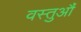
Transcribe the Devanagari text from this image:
वस्तुऔं